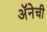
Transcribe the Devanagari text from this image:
अॅनेची